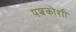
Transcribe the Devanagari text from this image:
पञ्चकोशी